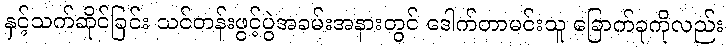
နှင့်သက်ဆိုင်ခြင်း သင်တန်းဖွင့်ပွဲအခမ်းအနားတွင် ဒေါက်တာမင်းသူ ခြောက်ခုကိုလည်း